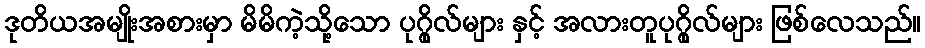
ဒုတိယအမျိုးအစားမှာ မိမိကဲ့သို့သော ပုဂ္ဂိုလ်များ နှင့် အလားတူပုဂ္ဂိုလ်များ ဖြစ်လေသည်။